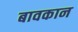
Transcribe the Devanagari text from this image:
बावकान